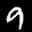
Label: 9